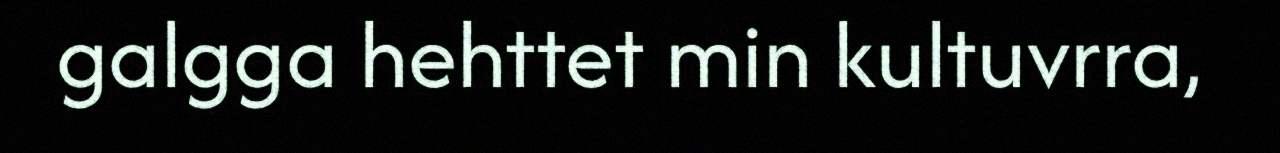
galgga hehttet min kultuvrra,